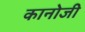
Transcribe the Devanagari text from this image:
कानोजी